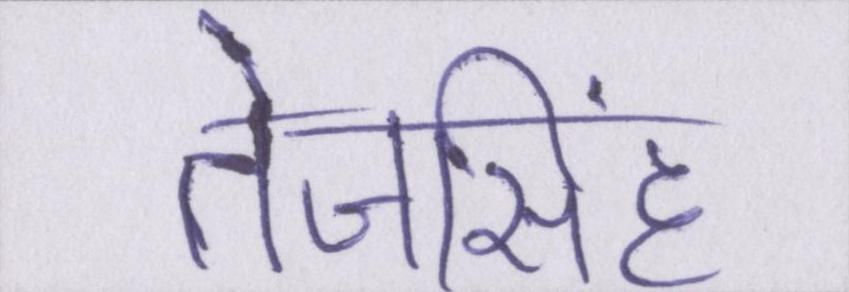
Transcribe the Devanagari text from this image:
तेजसिंह